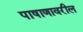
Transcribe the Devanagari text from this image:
पाषाणावरील